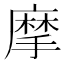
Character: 摩